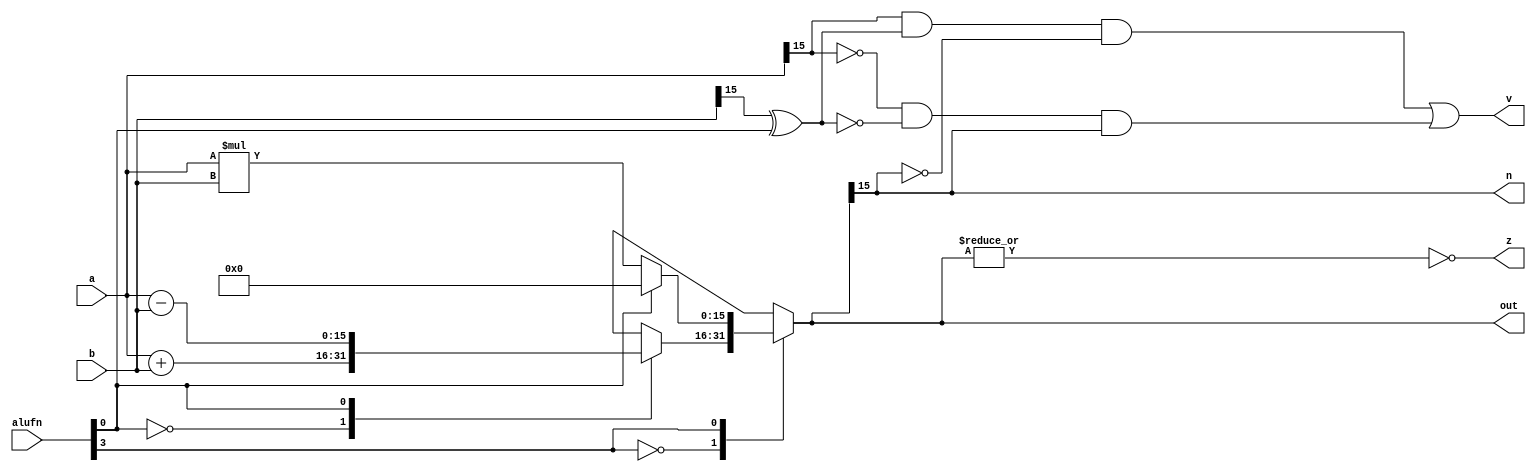
/*
   This file was generated automatically by Alchitry Labs version 1.2.7.
   Do not edit this file directly. Instead edit the original Lucid source.
   This is a temporary file and any changes made to it will be destroyed.
*/

module adder_16_9 (
    input [15:0] a,
    input [15:0] b,
    input [5:0] alufn,
    output reg [15:0] out,
    output reg [0:0] z,
    output reg [0:0] v,
    output reg [0:0] n
  );
  
  
  
  reg [15:0] s;
  
  reg [0:0] alufn0;
  
  always @* begin
    s = 16'h0000;
    alufn0 = alufn[0+0-:1];
    
    case (alufn[3+0-:1])
      1'h0: begin
        
        case (alufn[0+0-:1])
          1'h0: begin
            s = a + b;
          end
          1'h1: begin
            s = a - b;
          end
          default: begin
            s = 16'h0000;
          end
        endcase
      end
      1'h1: begin
        
        case (alufn[0+0-:1])
          1'h0: begin
            s = a * b;
          end
          default: begin
            s = 16'h0000;
          end
        endcase
      end
      default: begin
        s = 16'h0000;
      end
    endcase
    z = ~(|s);
    v = (a[15+0-:1] & (b[15+0-:1] ^ alufn0) & ~s[15+0-:1]) | (~a[15+0-:1] & ~(b[15+0-:1] ^ alufn0) & s[15+0-:1]);
    n = s[15+0-:1];
    out = s;
  end
endmodule